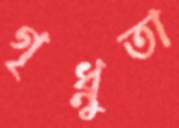
গৃধ্নুতা